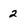
Character: 2